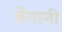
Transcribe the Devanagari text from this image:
बेंगानी